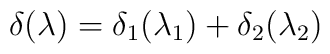
\delta(\lambda)=\delta_{1}(\lambda_{1})+\delta_{2}(\lambda_{2})